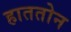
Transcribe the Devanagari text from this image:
हाततोन